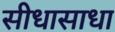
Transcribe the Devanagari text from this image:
सीधासाधा